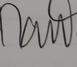
Signature authenticity: genuine